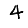
Digit: 4